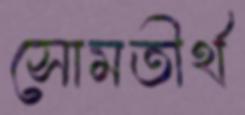
সোমতীর্থ